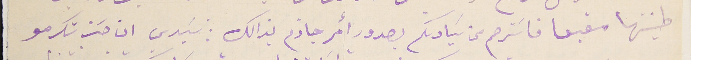
طينتها مقبعا فاسَترحم من سَيادتكم بصدور أمر جاذم بذالك : سَيدي ان حسَن تكرمو